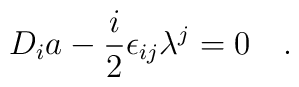
D_i a - {i\over 2} \epsilon_{ij} \lambda ^j = 0\quad .